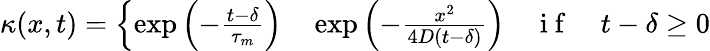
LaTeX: \kappa(x,t)=\left\{ \begin{array}{rlr}{\exp{\left(-\frac{t-\delta}{\tau_{m}}\right)}}&{{}\exp{\left(-\frac{x^{2}}{4D(t-\delta)}\right)}}&{\mathrm{~i~f~}\quad t-\delta\geq 0}\end{array}\right.